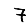
Digit: 7